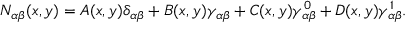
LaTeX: N _ { \alpha \beta } ( x , y ) = A ( x , y ) \delta _ { \alpha \beta } + B ( x , y ) \gamma _ { \alpha \beta } + C ( x , y ) \gamma _ { \alpha \beta } ^ { 0 } + D ( x , y ) \gamma _ { \alpha \beta } ^ { 1 } .